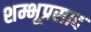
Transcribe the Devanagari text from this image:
शम्भूप्रसाद